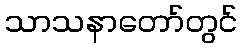
သာသနာတော်တွင်